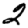
Digit: 2